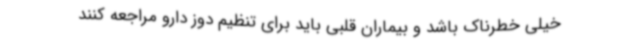
خیلی خطرناک باشد و بیماران قلبی باید برای تنظیم دوز دارو مراجعه کنند